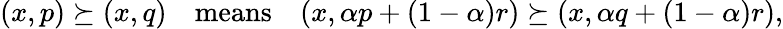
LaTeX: \begin{array}{r}{(x,p)\succeq(x,q)\quad\mathrm{means}\quad(x,\alpha p+(1-\alpha)r)\succeq(x,\alpha q+(1-\alpha)r),}\end{array}